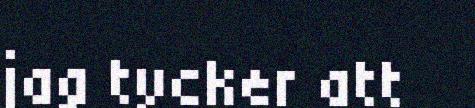
jag tycker att